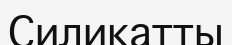
Силикатты